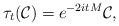
LaTeX: \begin{align*} \tau_t({\mathcal C}) = e^{-2itM} {\mathcal C},\end{align*}